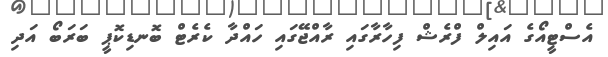
އެސްޓީއޯގެ އައިލް ފްރެޝް ފިހާރާގައި ރާއްޖޭގައި ހައްދާ ކެރެޓް ބޮނޑިކޮޕީ ބަރަބޯ އަދި